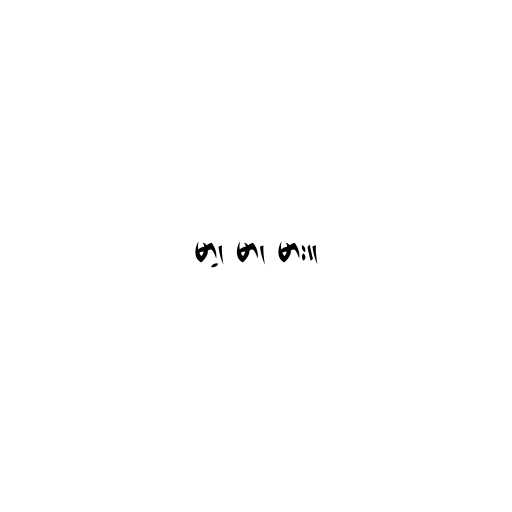
မာ့၊ မာ၊ မား။